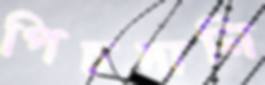
পিচদানি